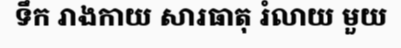
ទឹក រាងកាយ សារធាតុ រំលាយ មួយ